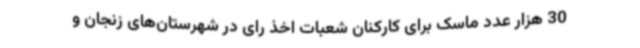
30 هزار عدد ماسک برای کارکنان شعبات اخذ رای در شهرستان‌های زنجان و